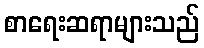
စာရေးဆရာများသည်